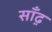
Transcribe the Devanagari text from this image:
साँढ़़